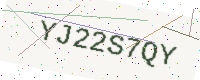
Text: YJ22S7QY